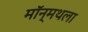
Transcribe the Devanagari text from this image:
मॉन्मथला